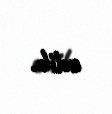
edib.